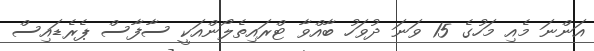
އަންނަ މެއި މަހުގެ 15 ވަނަ ދުވަހު ބާއްވާ ޓްރައިތެލޯންއަކީ ސާފާސް ޕެރެޑައިސް